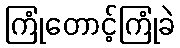
ကြုံတောင့်ကြုံခဲ